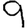
Digit: 9